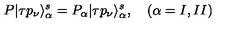
P | \tau p _ { \nu } \rangle _ { \alpha } ^ { s } = P _ { \alpha } | \tau p _ { \nu } \rangle _ { \alpha } ^ { s } , \quad ( \alpha = I , I I )